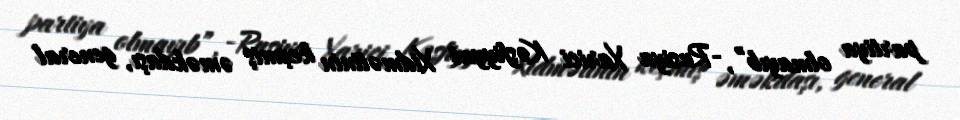
partiya olmayıb”, -Rusiya Xarici Kəşfiyyat Xidmətinin keçmiş əməkdaşı, general